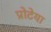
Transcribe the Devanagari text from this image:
प्रोटेया